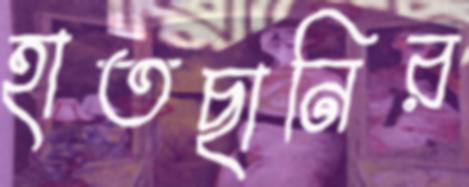
হাতছানির